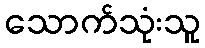
သောက်သုံးသူ